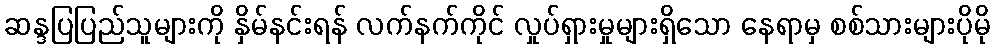
ဆန္ဒပြပြည်သူများကို နှိမ်နင်းရန် လက်နက်ကိုင် လှုပ်ရှားမှုများရှိသော နေရာမှ စစ်သားများပိုမို